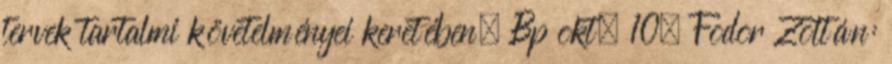
tervek tartalmi követelményei keretében. Bp okt. 10. Fodor Zoltán: